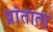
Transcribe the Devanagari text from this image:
प्रांताता